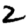
Digit: 2